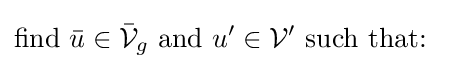
{\text{find }}{\bar {u}}\in {\bar {\mathcal {V}}}_{g}{\text{ and }}u'\in {\mathcal {V}}'{\text{ such that: }}